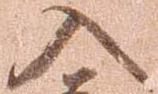
入